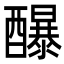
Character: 䤖